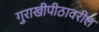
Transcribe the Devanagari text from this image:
गुराखीपीठावरील